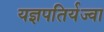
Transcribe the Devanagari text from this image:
यज्ञपतिर्यज्वा